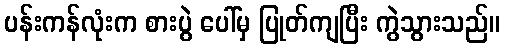
ပန်းကန်လုံးက စားပွဲ ပေါ်မှ ပြုတ်ကျပြီး ကွဲသွားသည်။